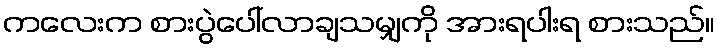
ကလေးက စားပွဲပေါ်လာချသမျှကို အားရပါးရ စားသည်။